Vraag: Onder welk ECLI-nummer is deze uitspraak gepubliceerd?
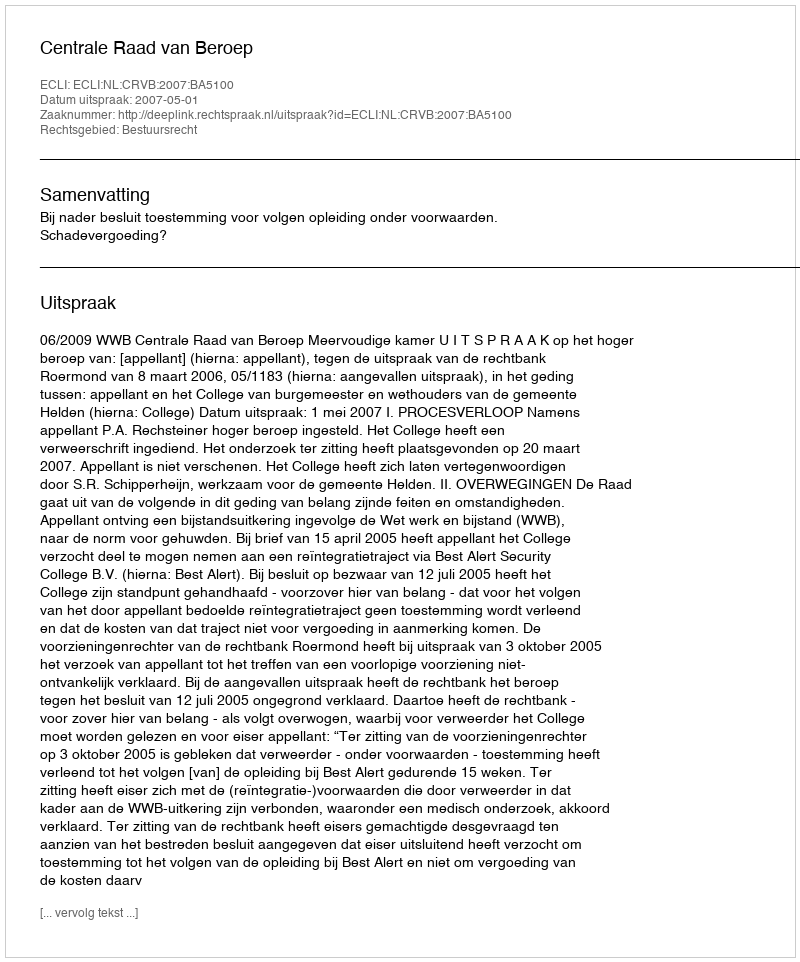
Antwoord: ECLI:NL:CRVB:2007:BA5100